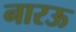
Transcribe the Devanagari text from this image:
नारऊ